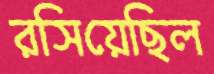
রসিয়েছিল